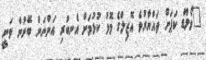
"ވޯލްޑް ކަޕަށް ތައްޔާރުވެ އޮޒިލްގެ މޮޅު ކުޅުމަށް އެނބުރި އަންނަން ބޭނުން ވަނީ